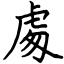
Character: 䖏